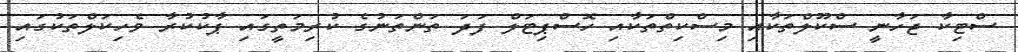
ސްޓިކާ ޖަހާނީ ސްކޫލްތަކާއި މިސްކިތްތަކާއި ހޮސްޕިޓަލް ފަދަ ތަންތަނުގެ ކުރިމަތީގައި ޕާކުކުރާ ވެހިކަލްތަކުގައި